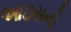
આઇસની